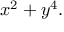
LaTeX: x ^ { 2 } + y ^ { 4 } .